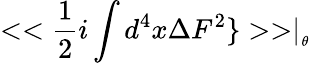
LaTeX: <<\frac{1}{2}i\int d^{4}x\Delta F^{2}\} >>\mid_{_{\theta}}